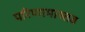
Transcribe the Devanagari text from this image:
परिणामास्तव